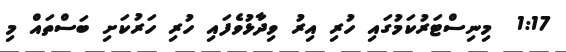
1:17  މިނިސްޓަރުކަމުގައި ހުރި އިރު ވިދާޅުވެފައި ހުރި ހަރުކަށި ބަސްތައް މި